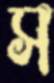
স